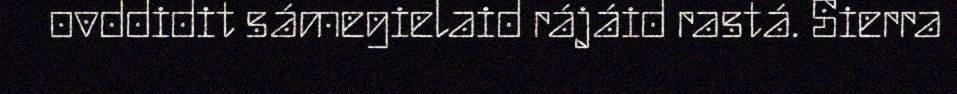
ovddidit sámegielaid rájáid rastá. Sierra